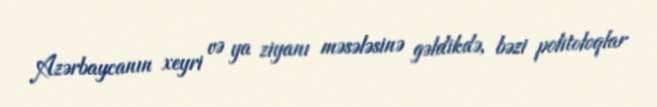
Azərbaycanın xeyri və ya ziyanı məsələsinə gəldikdə, bəzi politoloqlar